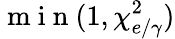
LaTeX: \mathrm{~m~i~n~}(1,\chi_{e/\gamma}^{2})